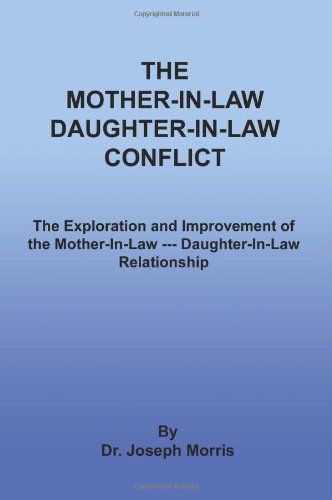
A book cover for The Mother-In-Law Daughter-In-Law Conflict: The Exploration and Improvement of the Mother-In-Law --- Daughter-In-Law Relationship; Tobias Jungreis; Parenting & Relationships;